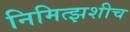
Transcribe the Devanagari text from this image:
निमित्झशीच